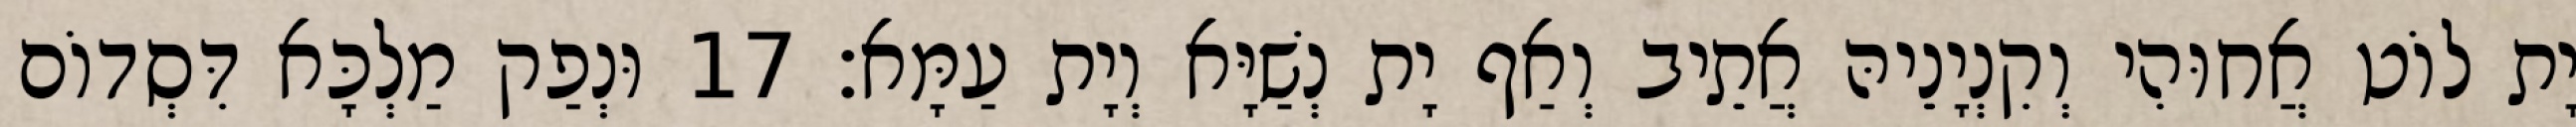
יָת לוֹט אֲחוּהִי וְקִנְיָנֵיהּ אֲתֵיב וְאַף יָת נְשַׁיָּא וְיָת עַמָּא׃ 17 וּנְפַק מַלְכָּא דִּסְדוֹם